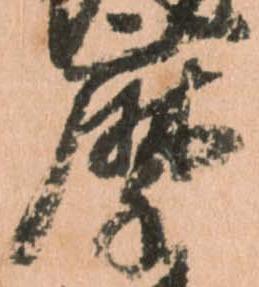
摩